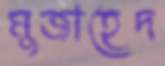
মুজাহেদ